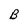
Character: B